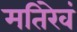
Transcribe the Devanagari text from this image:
मतिरेवं